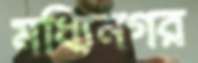
মধ্যিনগর